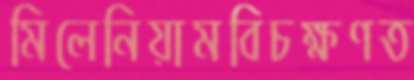
মিলেনিয়ামবিচক্ষণত